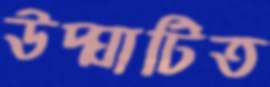
উদ্ঘাটিত